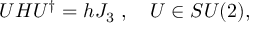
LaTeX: U H U ^ { \dagger } = h J _ { 3 } \ , \quad U \in S U ( 2 ) ,